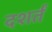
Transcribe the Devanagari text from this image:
दशर्तं